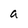
Character: a